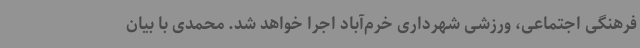
فرهنگی اجتماعی، ورزشی شهرداری خرم‌آباد اجرا خواهد شد. محمدی با بیان